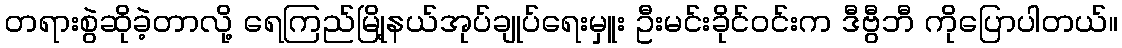
တရားစွဲဆိုခဲ့တာလို့ ရေကြည်မြို့နယ်အုပ်ချုပ်ရေးမှူး ဦးမင်းခိုင်ဝင်းက ဒီဗွီဘီ ကိုပြောပါတယ်။